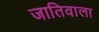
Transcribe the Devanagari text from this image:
जातिवाला